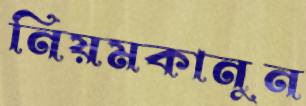
নিয়মকানুন